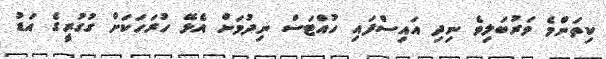
ކިތަންމެ ވަރުބަލިވެ ނިދި އައިސްފައި ހުއްޓަސް ނިދުމަށް އެޅޭ ހުރަހަކަށް ގުގުރީގެ އަޑު